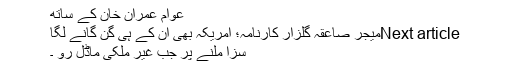
عوام عمران خان کے ساتھ
Next articleمیجر صاعقہ گلزار کارنامہ؛ امریکہ بھی ان کے ہی گن گانے لگا
سزا ملنے پر جب غیر ملکی ماڈل رو ۔